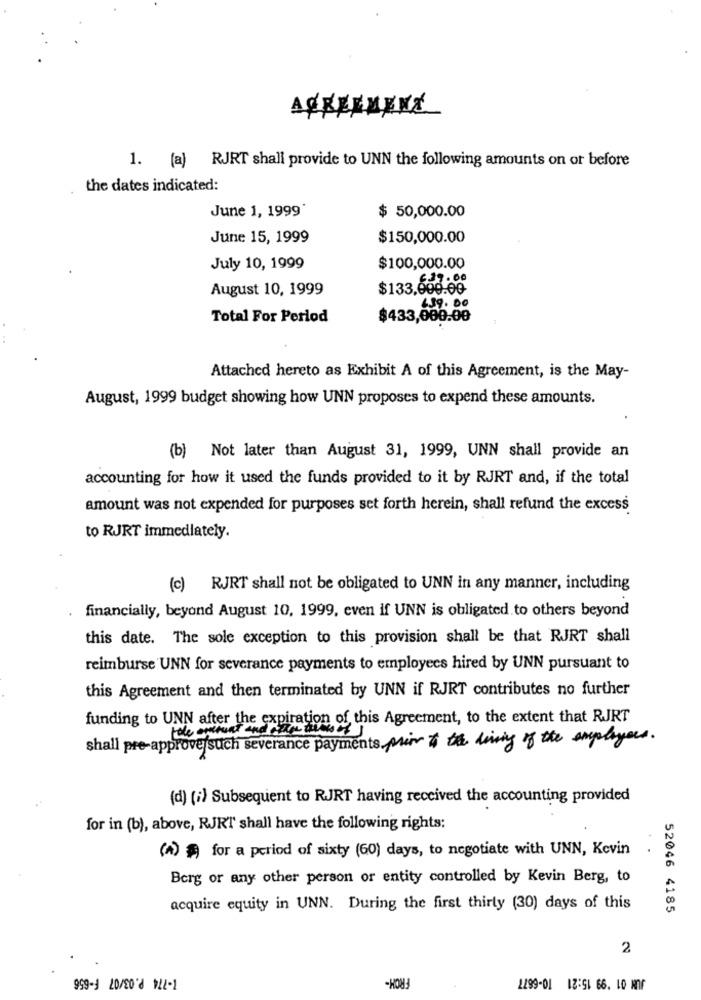
AGREEMENT
1. (a) RJRT shall provide to UNN the following amounts on or before
the dates indicated:
June 1, 1999
$ 50,000.00
June 15, 1999
$150,000.00
July 10, 1999
$100,000.00
August 10, 1999
$133.600.00
459. 00
Total For Period
$433,000.00
Attached hereto as Exhibit A of this Agreement, is the May-
August, 1999 budget showing how UNN proposes to expend these amounts.
(b) Not later than August 31, 1999, UNN shall provide an
accounting for how it used the funds provided to it by RJRT and, if the total
amount was not expended for purposes set forth herein, shall refund the excess
to RJRT immediately.
(c) RJRT shall not be obligated to UNN in any manner, including
financially, beyond August 10, 1999, even if UNN is obligated to others beyond
this date. The sole exception to this provision shall be that RJRT shall
reimburse UNN for severance payments to employees hired by UNN pursuant to
this Agreement and then terminated by UNN if RJRT contributes no further
funding to UNN after the expiration of this Agreement, to the extent that RJRT
shall pre-approve such severance payments prior to the living of the employees.
(d) (i) Subsequent to RJRT having received the accounting provided
for in (b), above, RJRT shall have the following rights:
(A) $ for a period of sixty (60) days, to negotiate with UNN, Kevin
. .
Berg or any other person or entity controlled by Kevin Berg, to
acquire equity in UNN. During the first thirty (30) days of this
52046 4185
2
FROM-
2299-01 12:51 66. 10 MOf